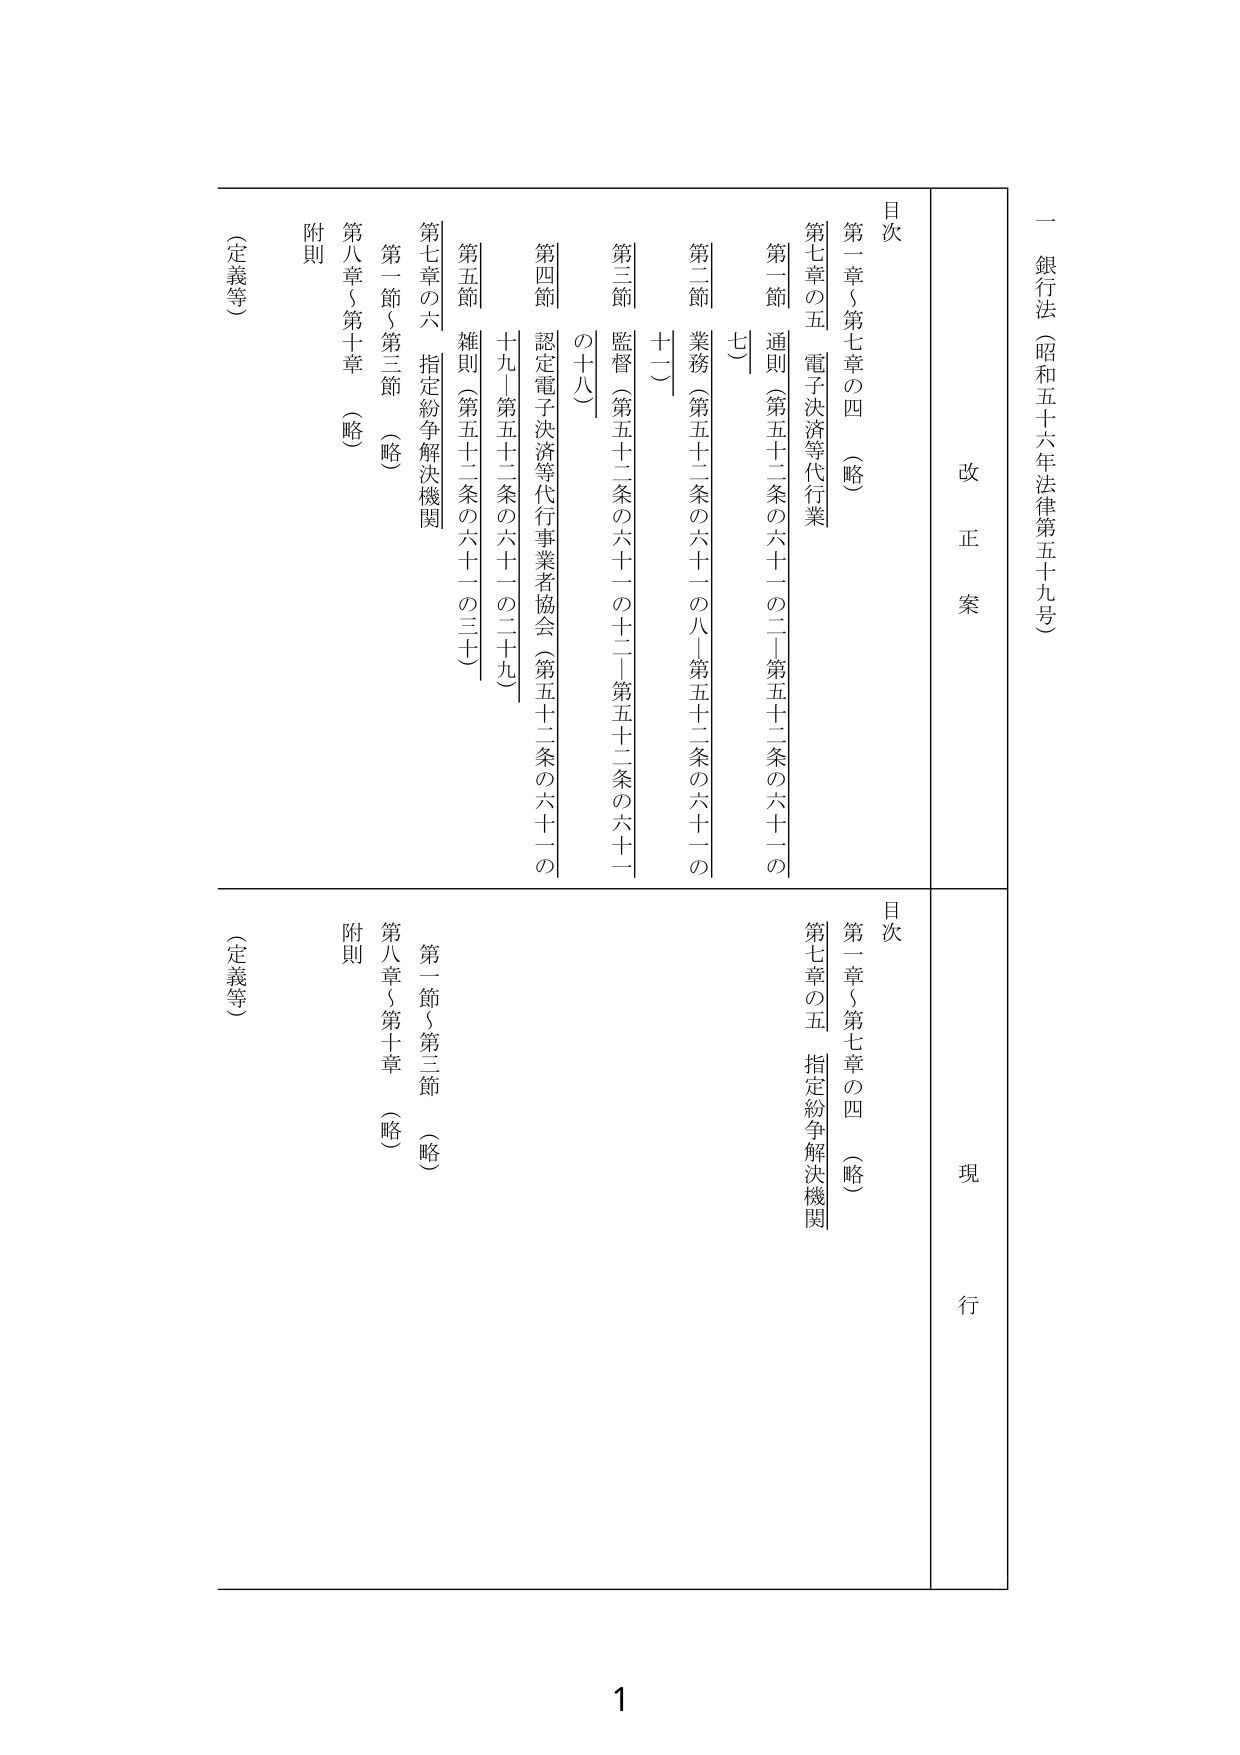
一 銀行法（昭和五十六年法律第五十九号）

改正案

目次
第一章～第七章の四 （略）
第七章の五 電子決済等代行業
　第一節 通則（第五十二条の六十一の二～第五十二条の六十一の七）
　第二節 業務（第五十二条の六十一の八～第五十二条の六十一の十二）
　第三節 監督（第五十二条の六十一の十三～第五十二条の六十一の十八）
　第四節 認定電子決済等代行業者協会（第五十二条の六十一の十九～第五十二条の六十一の二十九）
　第五節 雑則（第五十二条の六十一の三十）
　第七章の六 指定紛争解決機関
　第一節～第三節 （略）
第八章～第十章 （略）
附則
（定義等）

現行

目次
第一章～第七章の四 （略）
第七章の五 指定紛争解決機関
第一節～第三節 （略）
第八章～第十章 （略）
附則
（定義等）

1